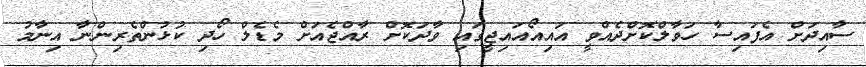
ސާއިދަށް އެފައިސާ ހަވާލްކޮށްދެއްވީ އައިއޯއައިޖީގައި ވާދަކޮށް ރާއްޖެއަށް މެޑެލް ހޯދި ކުޅުންތެެރިންނާ އިނާމު